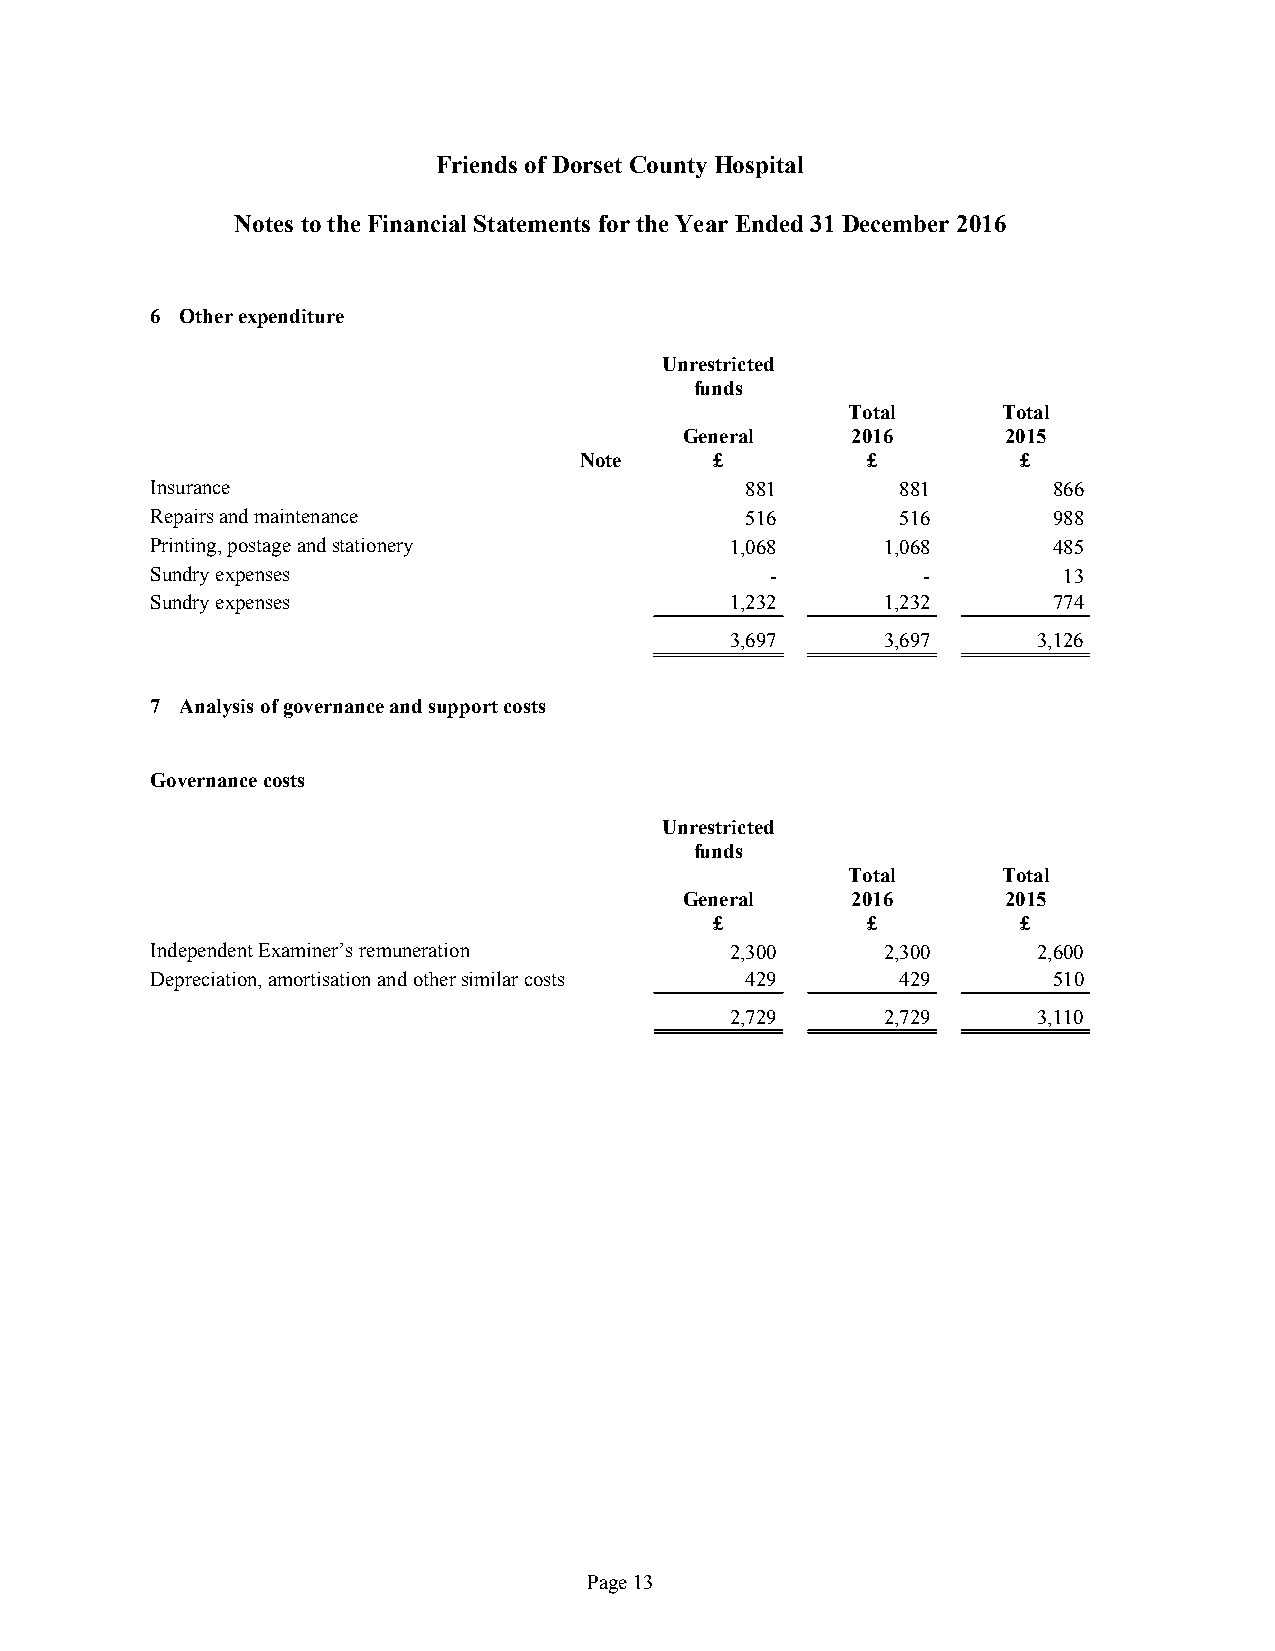
Friends ofDorset County Hospital
 Notes tothe Financial Statements forthe Year Ended31December 2016
 6 Otherexpenditure
 Unrestricted
 funds
 Total     Total
 General    2016       2015
 Note     £         £          £
 Insurance                              881        881       866
 Repairsandmaintenance                  516        516       988
 Printing,postageandstationery         1,068     1,068       485
 Sundryexpenses                           -         -        13
 Sundryexpenses                        1,232     1,232       774
 3,697     3,697      3,126
 7 Analysisofgovernanceandsupportcosts
 Governancecosts
 Unrestricted
 funds
 Total     Total
 General    2016       2015
 £         £          £
 IndependentExaminer’sremuneration     2,300     2,300      2,600
 Depreciation,amortisationandothersimilarcosts 429 429       510
 2,729     2,729      3,110
 Page13